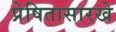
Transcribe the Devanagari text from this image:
प्रेषितासारखे